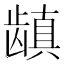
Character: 𱌺